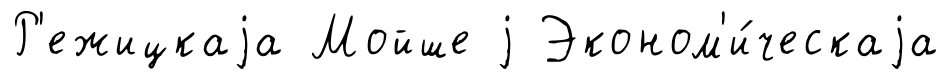
Р'ежицкаjа Мойше j Эконом'и́ческаjа